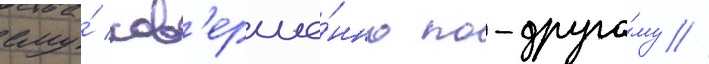
ему́ сов'ерше́нно по-друго́му //